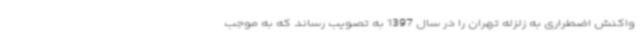
واکنش اضطراری به زلزله تهران را در سال 1397 به تصویب رساند که به موجب